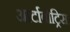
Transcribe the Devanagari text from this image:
आर्टाबोट्रिस